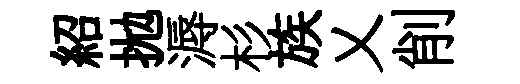
紹拋溽杉族乂削